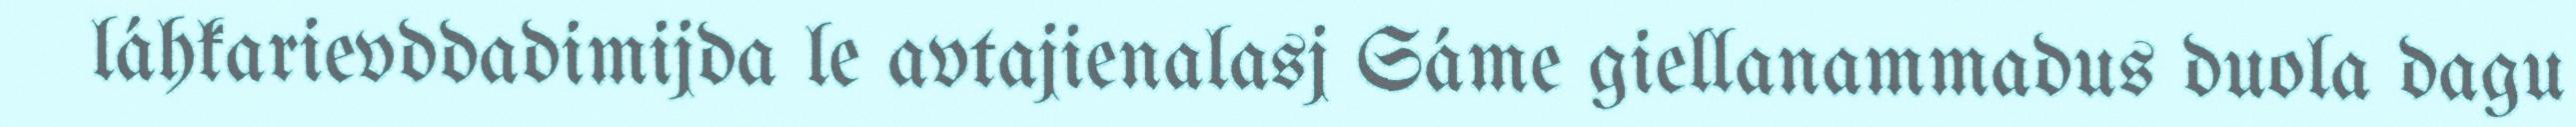
láhkarievddadimijda le avtajienalasj Sáme giellanammadus duola dagu